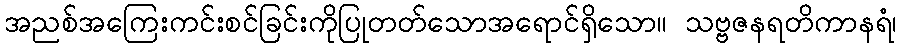
အညစ်အကြေးကင်းစင်ခြင်းကိုပြုတတ်သောအရောင်ရှိသော။ သဗ္ဗဇနရတိကာနရံ၊